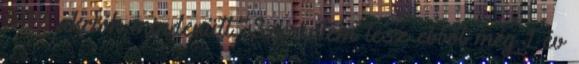
50% akciók mindenütt. Szerintem lesz ebből még 1 év